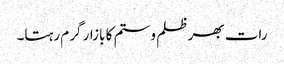
رات بھر ظلم و ستم کا بازار گرم رہتا۔